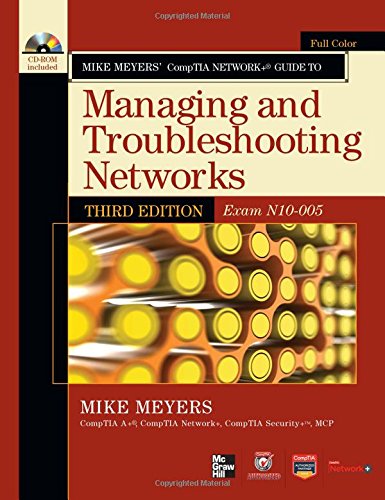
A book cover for Mike Meyers' CompTIA Network+ Guide to Managing and Troubleshooting Networks, 3rd Edition (Exam N10-005) (CompTIA Authorized); Mike Meyers; Computers & Technology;